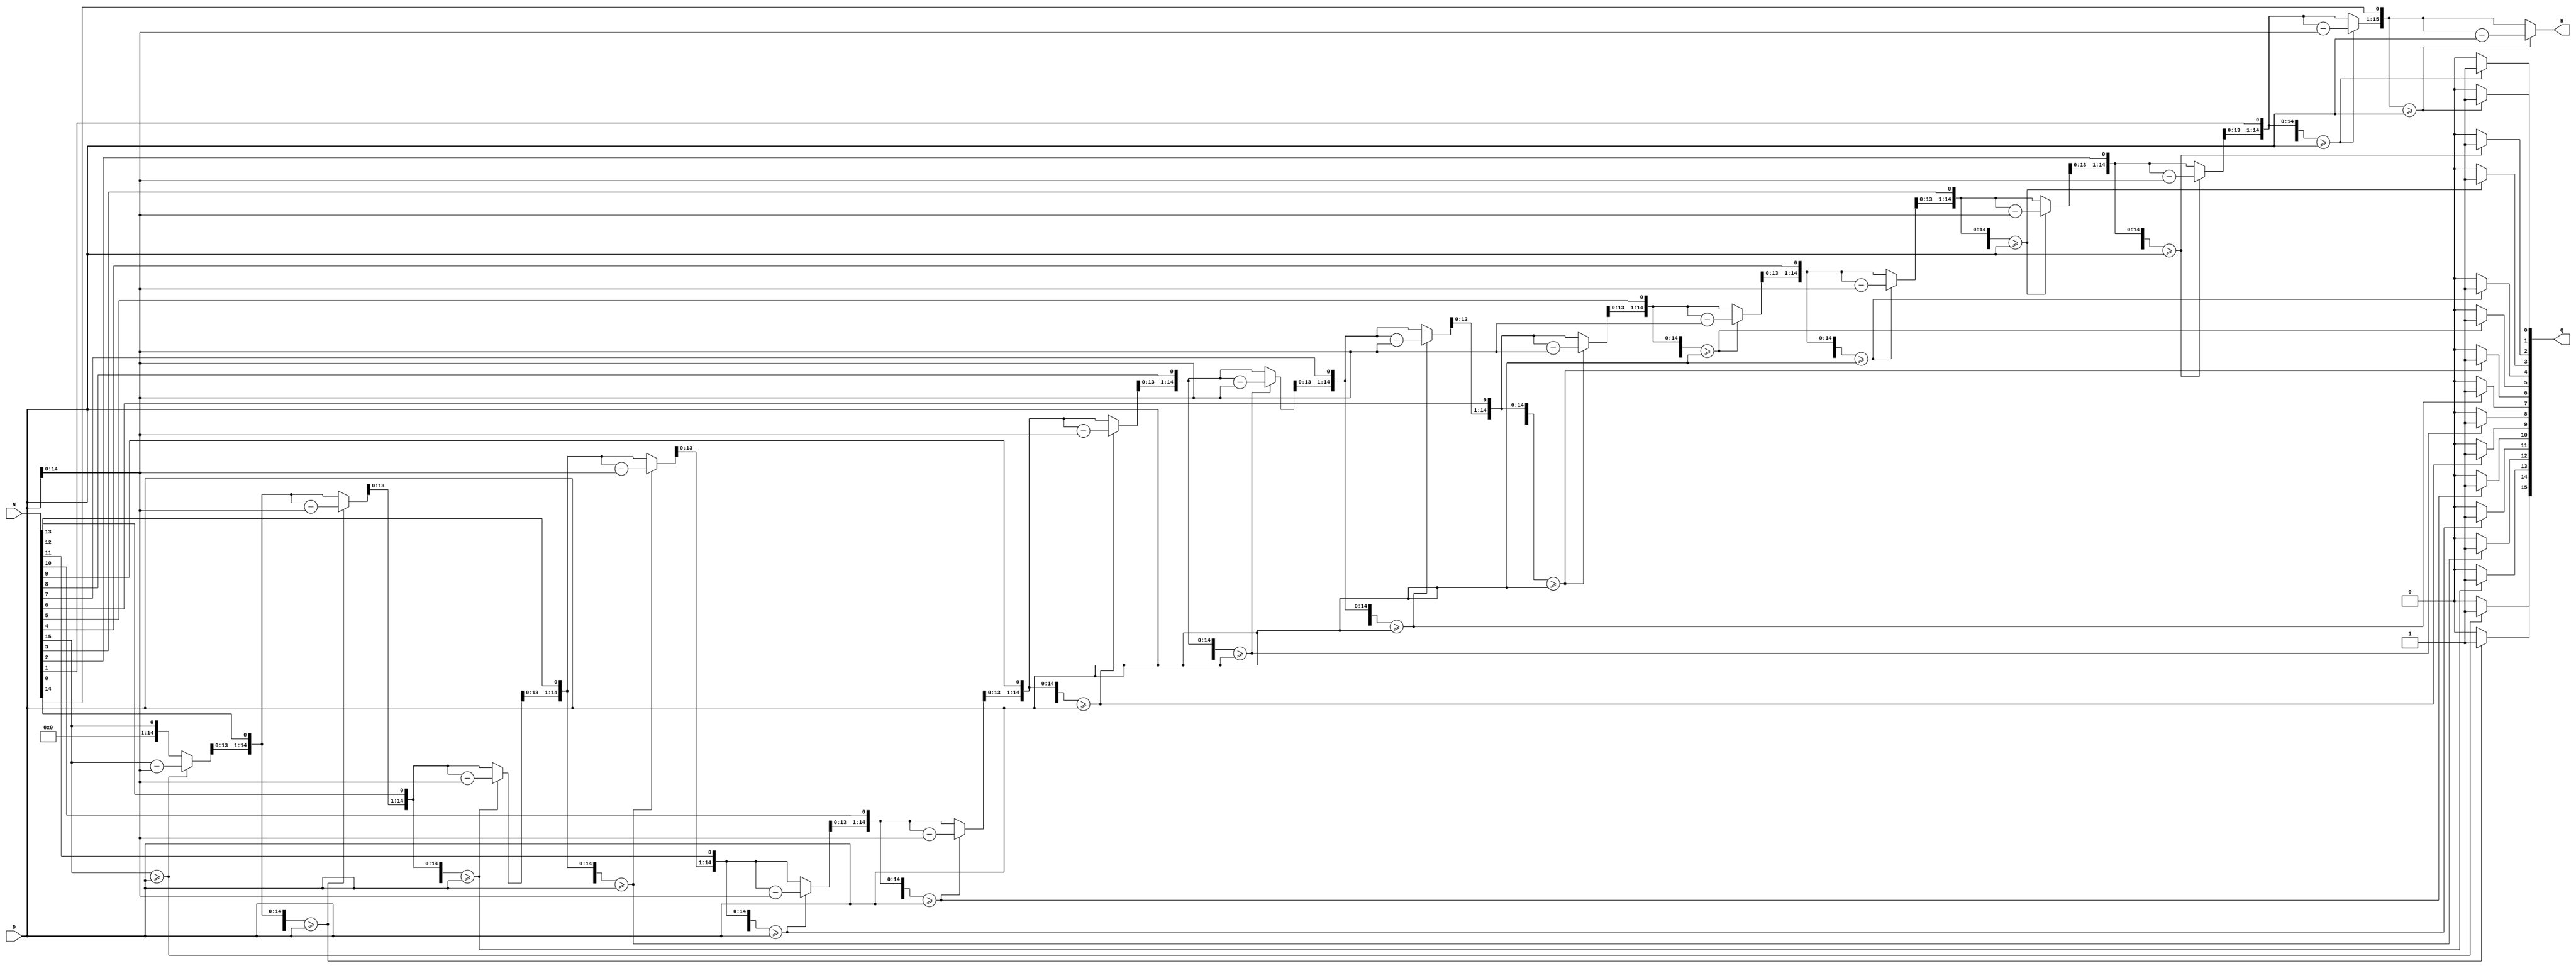
`timescale 1ns / 1ps

//calculeaza catul si restul impartirii sumei la numarul de senzori

module division(
	output reg [15:0] Q,   	//cat
	output reg [15:0] R, 	//rest
	input [15:0] N, 	//deimpartit
	input [15:0] D);	//impartitor

		integer i; 
		reg [1:0] code;
		always@(*) begin
			Q=0;          //initializare
			R=0;
			for( i=15; i>=0; i=i-1) begin      
				R=R<<1;			//R shiftat la stanga cu 1 bit
				R[0]=N[i];		//LSB(R) = N[i]
				if(R>=D) begin
					R=R-D;
					Q[i]=1;
				end
			end
		end
endmodule